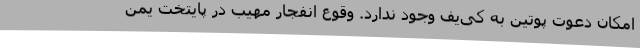
امکان دعوت پوتین به کی‌یف وجود ندارد. وقوع انفجار مهیب در پایتخت یمن